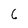
Character: 6